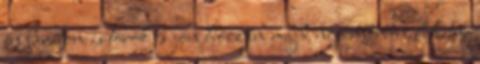
én barátom is török és jön hozzám majd novemberben.lehetne